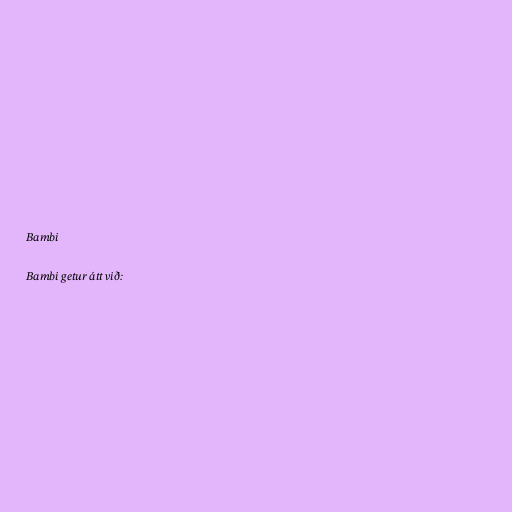
Bambi

Bambi getur átt við: